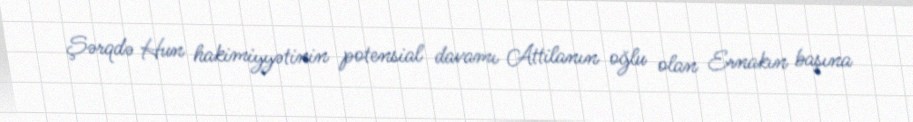
Şərqdə Hun hakimiyyətinin potensial davamı Attilanın oğlu olan Ernakın başına